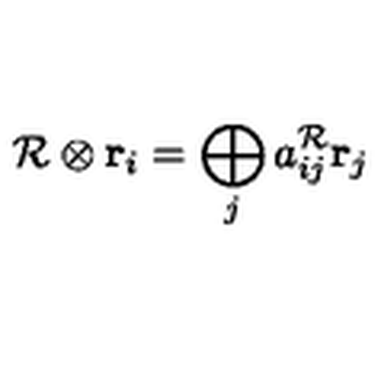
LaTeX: { \cal R } \otimes { \bf r } _ { i } = \bigoplus _ { j } a _ { i j } ^ { { \cal R } } { \bf r } _ { j }